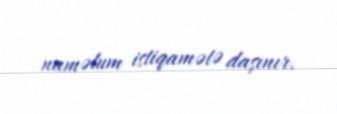
naməlum istiqamətə daşınır.